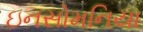
ઇનસોમનિયા